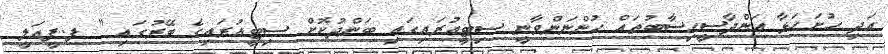
އަދި ހުށަހަޅާ އަންދާސީހިސާބުތައް ހުންނަންވާނީ ސިޓީއުރައިގައި ބަންދުކޮށް ސިޓީއުރައިގެ ބޭރުގައި " ފ.ފީއަލީ